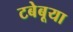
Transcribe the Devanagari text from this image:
टबेबूया